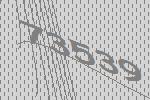
73539